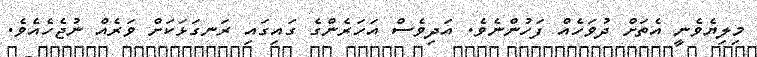
މިލިޔެވެނީ އެތަށް ދުވަހެއް ފަހުންނެވެ. އަދިވެސް އަހަރެންގެ ގައިގައި ރަނގަޅަކަށް ވަރެއް ނުޖެހެއެވެ.